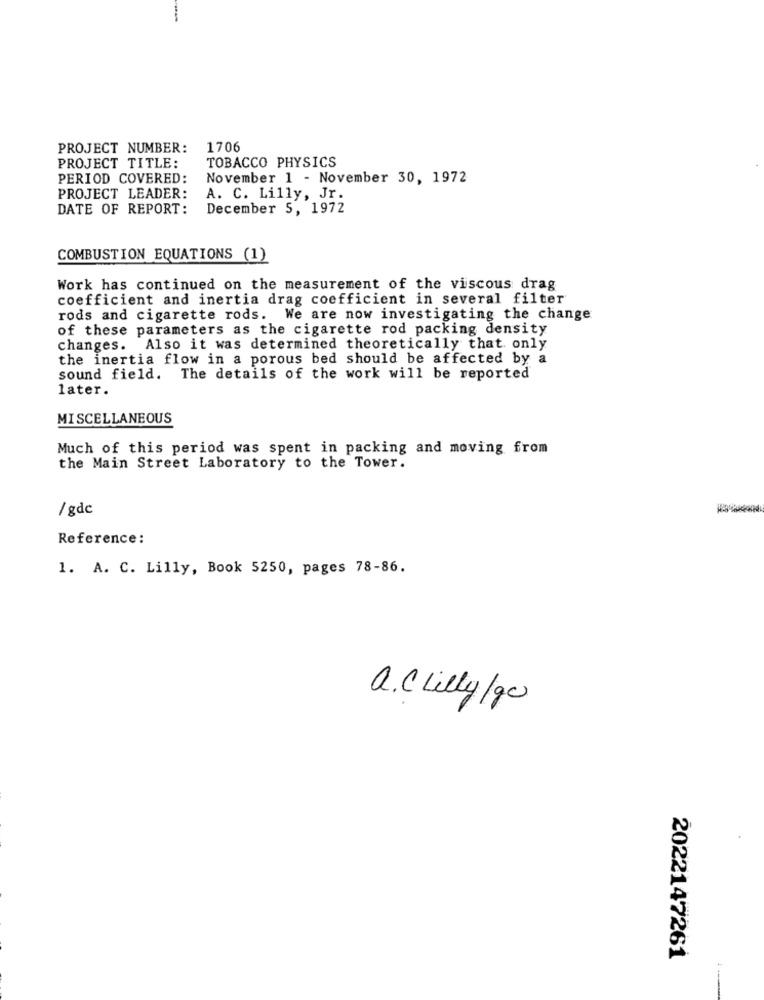
PROJECT NUMBER:
1706
TOBACCO PHYSICS
PROJECT TITLE:
PERIOD COVERED:
November 1 - November 30, 1972
PROJECT LEADER:
A. C. Lilly, Jr.
DATE OF REPORT: December S, 1972
COMBUSTION EQUATIONS (1)
Work has continued on the measurement of the viscous drag
coefficient and inertia drag coefficient in several filter
rods and cigarette rods. We are now investigating the change
of these parameters as the cigarette rod packing density
changes. Also it was determined theoretically that only
the inertia flow in a porous bed should be affected by a
sound field. The details of the work will be reported
later.
MISCELLANEOUS
Much of this period was spent in packing and moving from
the Main Street Laboratory to the Tower.
/ gdc
Reference:
1. A. C. Lilly, Book 5250, pages 78-86.
a.C lilly /90
2022147261